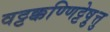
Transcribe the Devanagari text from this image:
वट्टक्कण्णिट्टेषु़त्तु